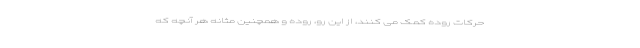
حرکات روده کمک می کنند، از این رو، روده و همچنین مثانه هر آنچه که